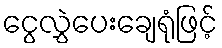
ငွေလွှဲပေးချေရုံဖြင့်